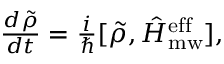
\begin{array} { r } { \frac { d \tilde { \rho } } { d t } = \frac { i } { \hbar } [ \tilde { \rho } , \hat { H } _ { \mathrm { m w } } ^ { \mathrm { e f f } } ] , } \end{array}